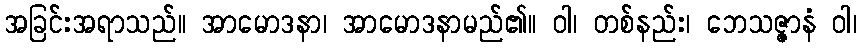
အခြင်းအရာသည်။ အာမောဒနာ၊ အာမောဒနာမည်၏။ ဝါ၊ တစ်နည်း၊ ဘေသဇ္ဇာနံ ဝါ၊